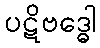
ပဋိဗဒ္ဓေါ